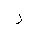
Letter: _ra